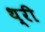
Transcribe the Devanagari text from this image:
थ़्री